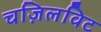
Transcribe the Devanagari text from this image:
चज़िलविट